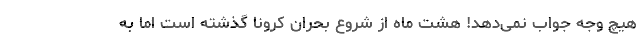
هیچ وجه جواب نمی‌دهد! هشت ماه از شروع بحران کرونا گذشته است اما به